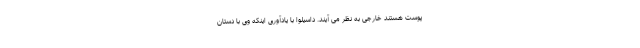
پوست هستند خارجی به نظر می آیند. داسیلوا با یادآوری اینکه وی با دستان